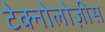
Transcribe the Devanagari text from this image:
टेक्नोलोज़ीस